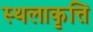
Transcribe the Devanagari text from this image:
स्थलाकृत्ति